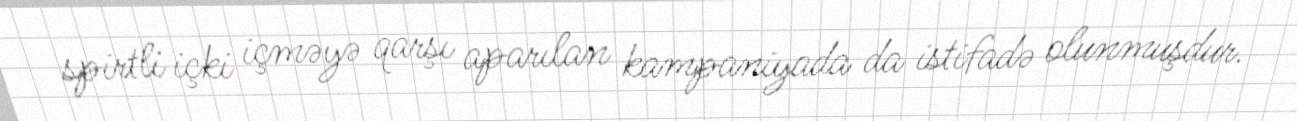
spirtli içki içməyə qarşı aparılan kampaniyada da istifadə olunmuşdur.